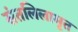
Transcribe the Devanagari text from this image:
संतलिलामृत